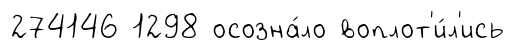
274146 1298 осозна́ло воплот'и́л'ись